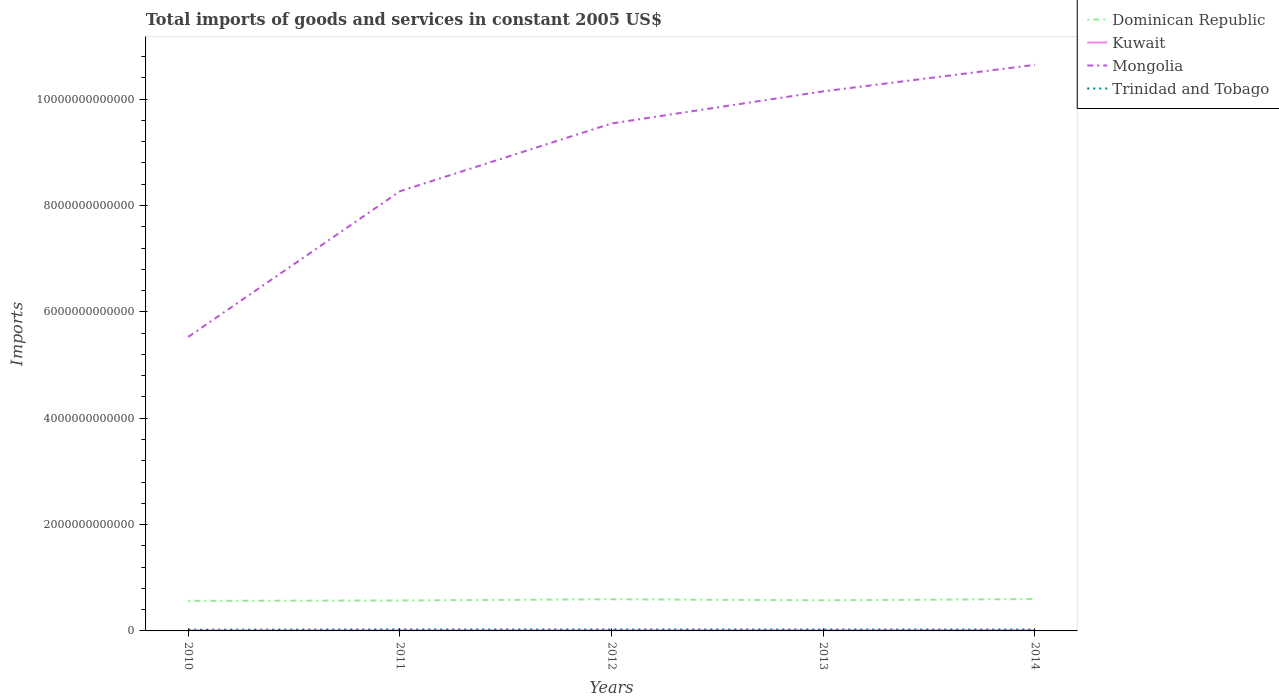
| Years | Dominican Republic | Kuwait | Mongolia | Trinidad and Tobago |
 | --- | --- | --- | --- | --- |
 | 2010 | 5.65e+11 | 1e+10 | 5.53e+12 | 2.25e+10 |
 | 2011 | 5.72e+11 | 1.06e+10 | 8.27e+12 | 2.76e+10 |
 | 2012 | 5.95e+11 | 1.2e+10 | 9.54e+12 | 2.7e+10 |
 | 2013 | 5.76e+11 | 1.2e+10 | 1.01e+13 | 2.68e+10 |
 | 2014 | 5.99e+11 | 1.3e+10 | 1.06e+13 | 2.63e+10 |